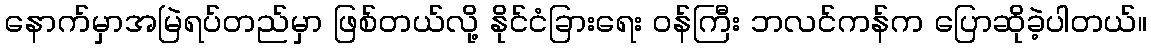
နောက်မှာအမြဲရပ်တည်မှာ ဖြစ်တယ်လို့ နိုင်ငံခြားရေး ဝန်ကြီး ဘလင်ကန်က ပြောဆိုခဲ့ပါတယ်။